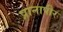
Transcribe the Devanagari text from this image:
प्रानापीर